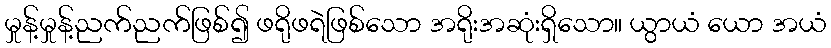
မှုန့်မှုန့်ညက်ညက်ဖြစ်၍ ဖရိုဖရဲဖြစ်သော အရိုးအဆုံးရှိသော။ ယွာယံ ယော အယံ